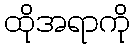
ထိုအရာကို